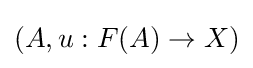
(A,u:F(A)\to X)